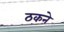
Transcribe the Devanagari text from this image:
ठकने